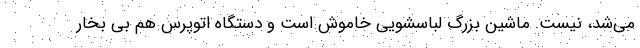
می‌شد، نیست. ماشین بزرگ لباسشویی خاموش است و دستگاه اتوپرس هم بی بخار